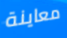
معاينة